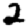
Digit: 2